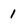
Character: 1